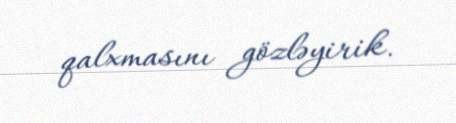
qalxmasını gözləyirik.